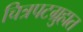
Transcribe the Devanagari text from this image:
चित्रपटग्रुहात